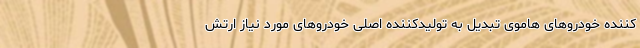
کننده خودروهای هاموی تبدیل به تولیدکننده اصلی خودروهای مورد نیاز ارتش